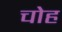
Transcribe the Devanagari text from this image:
चोह